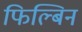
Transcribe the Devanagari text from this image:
फिल्बिन